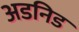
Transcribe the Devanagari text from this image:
अडनिड